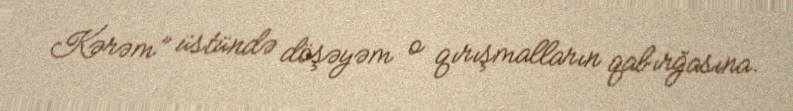
Kərəm” üstündə döşəyəm o qırışmalların qabırğasına.